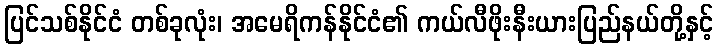
ပြင်သစ်နိုင်ငံ တစ်ခုလုံး၊ အမေရိကန်နိုင်ငံ၏ ကယ်လီဖိုးနီးယားပြည်နယ်တို့နှင့်